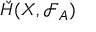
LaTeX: { \check { H } } ( X , { \mathcal { F } } _ { A } )